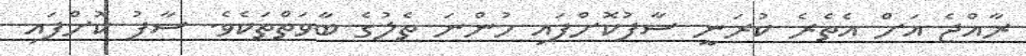
ރާއްޖެ އަށް އެތެރެ ކުރަނީ ސާފުކޮށްފައި ހުންނަ ތެލުގެ ބާވަތްތަކެވެ. ސާފު ކޮށްފައި